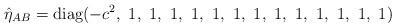
LaTeX: \begin{align*}\hat{\eta}_{AB}=\mbox{diag}(-c^2,\ 1,\ 1,\ 1,\ 1,\ 1,\ 1,\ 1,\ 1,\ 1,\ 1,\ 1,\ 1,\ 1)\hskip2.4cm\end{align*}